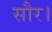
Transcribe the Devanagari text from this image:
सौर।